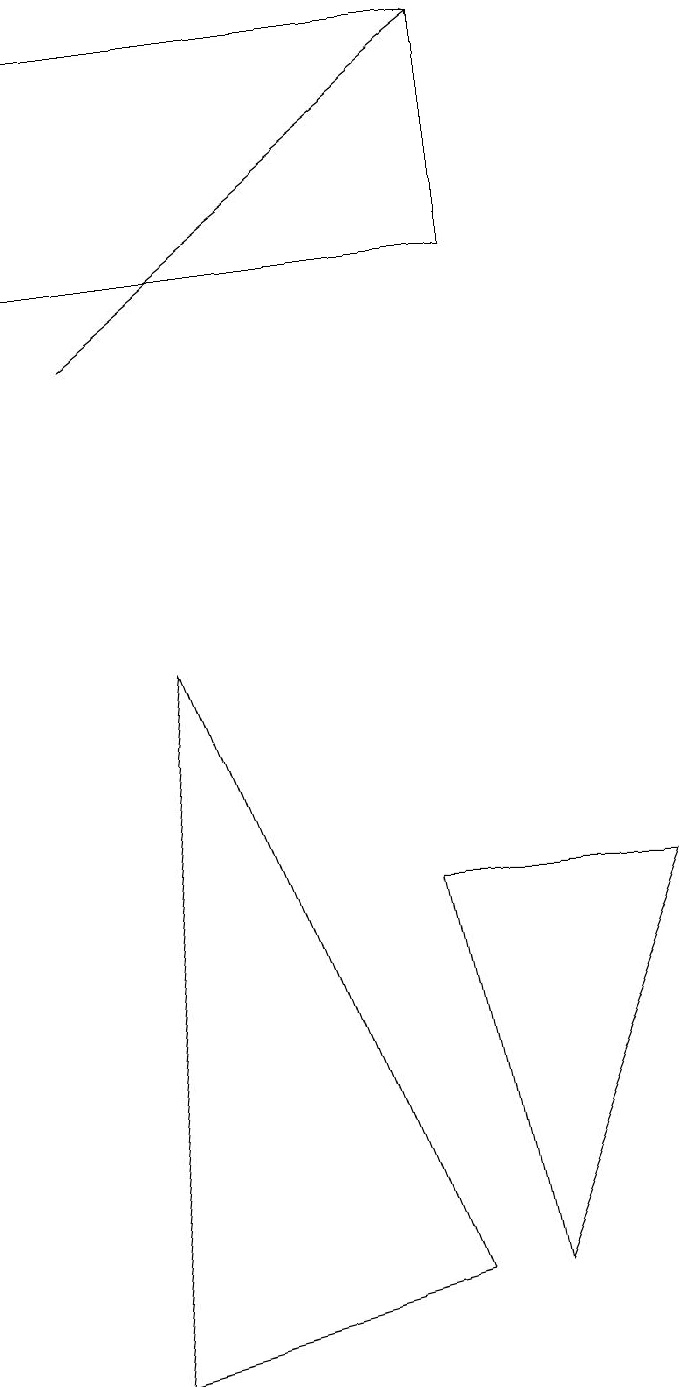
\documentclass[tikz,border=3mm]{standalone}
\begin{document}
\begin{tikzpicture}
\draw (1,17) rectangle (7,14);
\draw[->] (2,13) -- (7,17);
\draw (3,9) -- (6,1) -- (2,0) -- cycle;
\draw (6,6) -- (9,6) -- (7,1) -- cycle;
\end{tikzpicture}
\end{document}